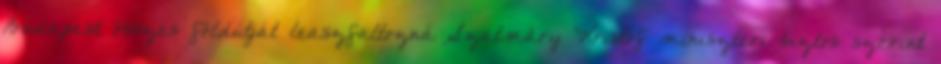
Budapest összes földútját leaszfaltozná Szatmáry Kristóf miniszteri biztos szerint